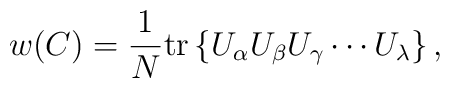
w(C)=\frac{1}{N} \mbox{tr} \left\{    U_\alpha U_\beta U_\gamma \cdots U_\lambda \right\},